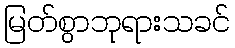
မြတ်စွာဘုရားသခင်